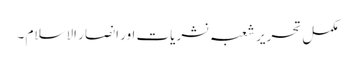
مکمل تحریر شعبہ نشریات اور انصار الاسلام ۔